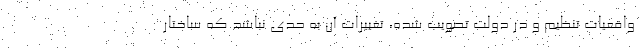
واقعیات تنظیم و در دولت تصویب شده، تغییرات آن به حدی نباشد که ساختار